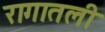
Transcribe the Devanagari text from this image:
रागातली